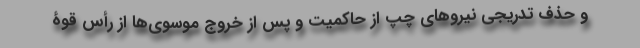
و حذف تدریجی نیروهای چپ از حاکمیت و پس از خروج موسوی‌ها از رأس قوۀ